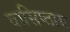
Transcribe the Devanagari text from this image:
वासिष्ठाय